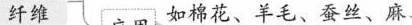
纤维 如棉花、羊毛、蚕丝、麻、